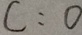
C : 0